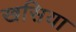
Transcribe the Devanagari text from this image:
खसिया